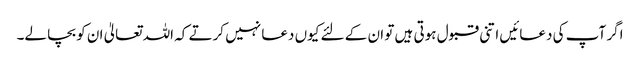
اگر آپ کی دعائیں اتنی قبول ہوتی ہیں تو ان کے لئے کیوں دعا نہیں کرتے کہ اللہ تعالیٰ ان کو بچا لے۔